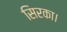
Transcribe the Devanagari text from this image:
सिरका।